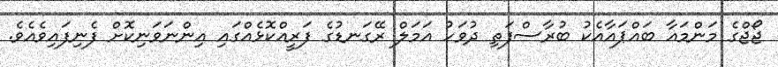
ޖޯޖްގެ މަންމައާ ބައްޕައާއެކު ބުރާސްފަތި ދުވަހު އަމަލް ރޭގަނޑުގެ ފަރީއްކޮޅެއްގައި އިންނަވަނިކޮށް ފެނިފައިވެއެވެ.